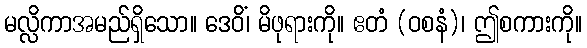
မလ္လိကာအမည်ရှိသော။ ဒေဝိံ၊ မိဖုရားကို။ ဧတံ (ဝစနံ)၊ ဤစကားကို။